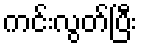
ကင်းလွတ်ပြီး